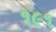
૧૯૧